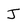
Character: J